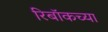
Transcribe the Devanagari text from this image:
रिबॉकच्या